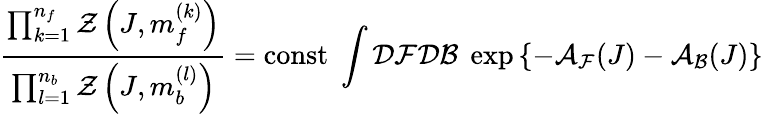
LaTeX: \frac{\prod_{k=1}^{n_{f}}{\mathcal{Z}}\left(J,m_{f}^{(k)}\right)}{\prod_{l=1}^{n_{b}}{\mathcal{Z}}\left(J,m_{b}^{(l)}\right)}=\mathrm{const}\; \int{\mathcal{D}}{\mathcal{F}}{\mathcal{D}}{\mathcal{B}}\; \exp\left\{ -{\mathcal{A}}_{\mathcal{F}}(J)-{\mathcal{A}}_{\mathcal{B}}(J)\right\}